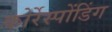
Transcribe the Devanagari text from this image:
कोर्रेस्पोंडिंग